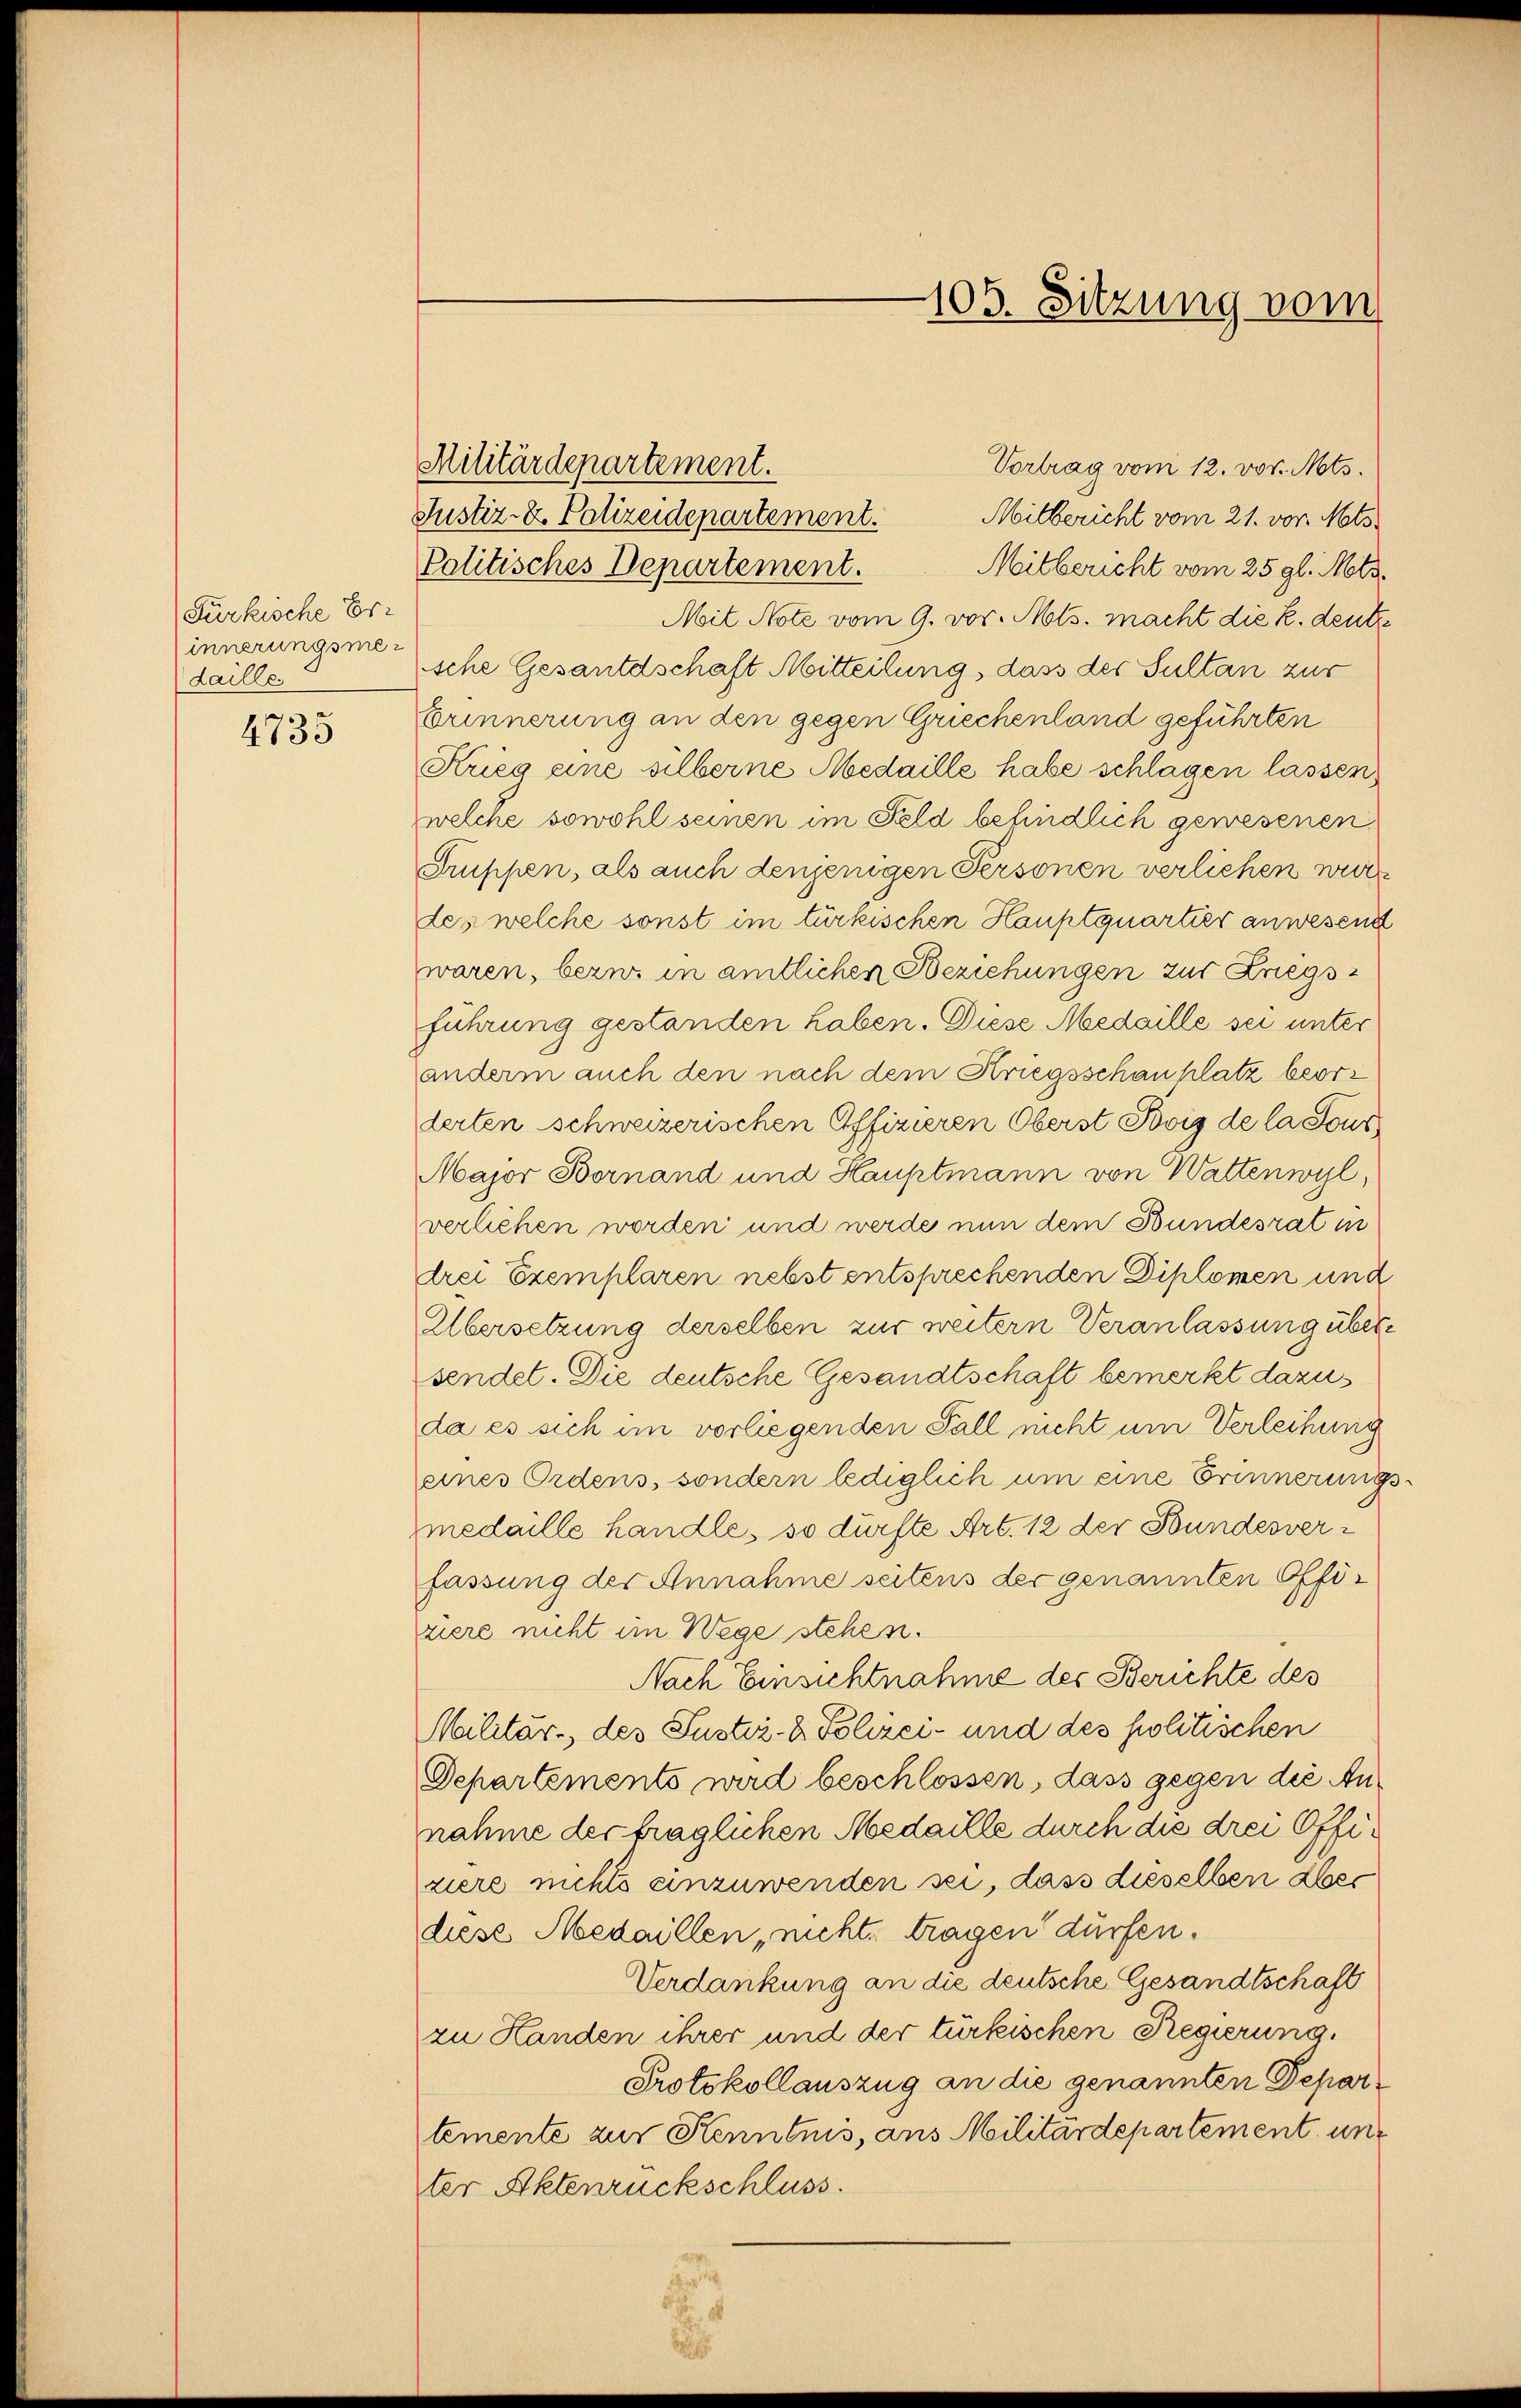
Purkische Erinnerungsmer
Laille.

4735

105. Sitzung vom

Militärdepartement.
Justiz- & Polizeidepartement.
Mitbericht vom 21. vor. Mts.
Politisches Departement.
Mitbericht vom 25. gl. Mts.
Mit Note vom 9. vor. Mts. macht die k. deute
sche Gesandschaft Mitteilung, dass der Sultan zur
Erinnerung an den gegen Griechenland geführten
Krieg eine silberne Medaille habe schlagen lassen,
welche sowohl seinen im Feld befindlich gewesenen
Truppen, als auch denjenigen Personen verlichen werdes welche sonst im türkischen Hauptquartier anwesend
waren, bezw. in amtlichen Beziehungen zur Kriegsführung gestanden haben. Diese Medaille sei unter
anderm auch den nach dem Kriegsschauplatz beorderten schweizerischen Offizieren Oberst Bovic de la sous
Major Bornand und Hauptmann von Wattenwyl,
verliehen worden und werde nun dem Bundesrat in
drei Exemplaren nebst entsprechenden Diplomen und
Übersetzung derselben zur weitern Veranlassung übersendet. Die deutsche Gesandtschaft bemerkt dazu
da es sich im vorliegenden Fall nicht um Verleihung
eines Ordens, sondern lediglich um eine Erinnerungsmedaille handle, so dürfte Art. 12 der Bundesverfassung der Annahme seitens der genannten Offiziere nicht im Wege stehen.
Nach Einsichtnahme des Berichte des
Militär, des Justiz- & Polizei- und des politischen
Departements wird beschlossen, dass gegen die Annahme der fraglichen Medaille durch die drei Offiziere nichts einzuwenden sei, dass dieselben aber
diese Medaillen, nicht, tragen dürfen.
Verdankung an die deutsche Gesandtschaft
zu Handen ihrer und der türkischen Regierung.
Protokollauszug an die genannten Departemente zur Kenntnis, aus Militärdepartement und
ter Aktenrückschluss.

Vortrag vom 12. vor. Mts.